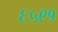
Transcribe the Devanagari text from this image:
६५९१